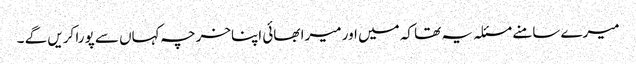
میرے سامنے مسئلہ یہ تھا کہ میں اور میرا بھائی اپناخرچہ کہاں سے پورا کریں گے ۔